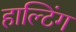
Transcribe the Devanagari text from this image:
हाल्टिंग